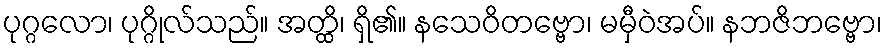
ပုဂ္ဂလော၊ ပုဂ္ဂိုလ်သည်။ အတ္ထိ၊ ရှိ၏။ နသေဝိတဗ္ဗော၊ မမှီဝဲအပ်။ နဘဇိဘဗ္ဗော၊